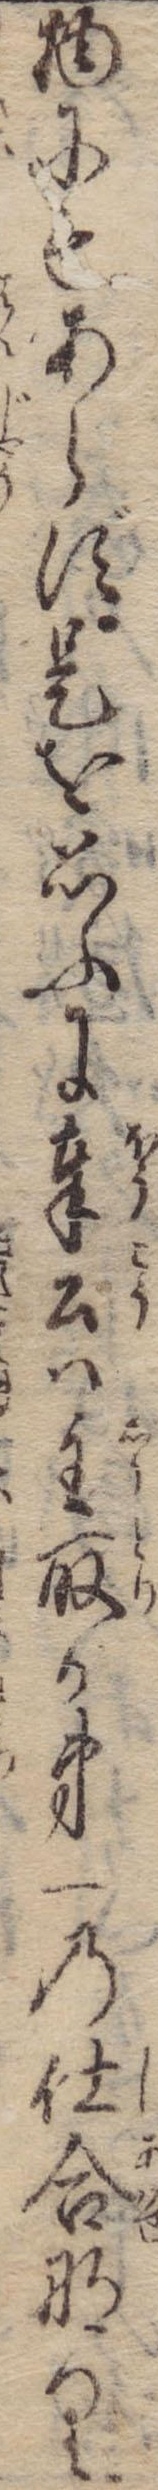
物にもあらず是を思ふに奉公は主取か第一の仕合なり